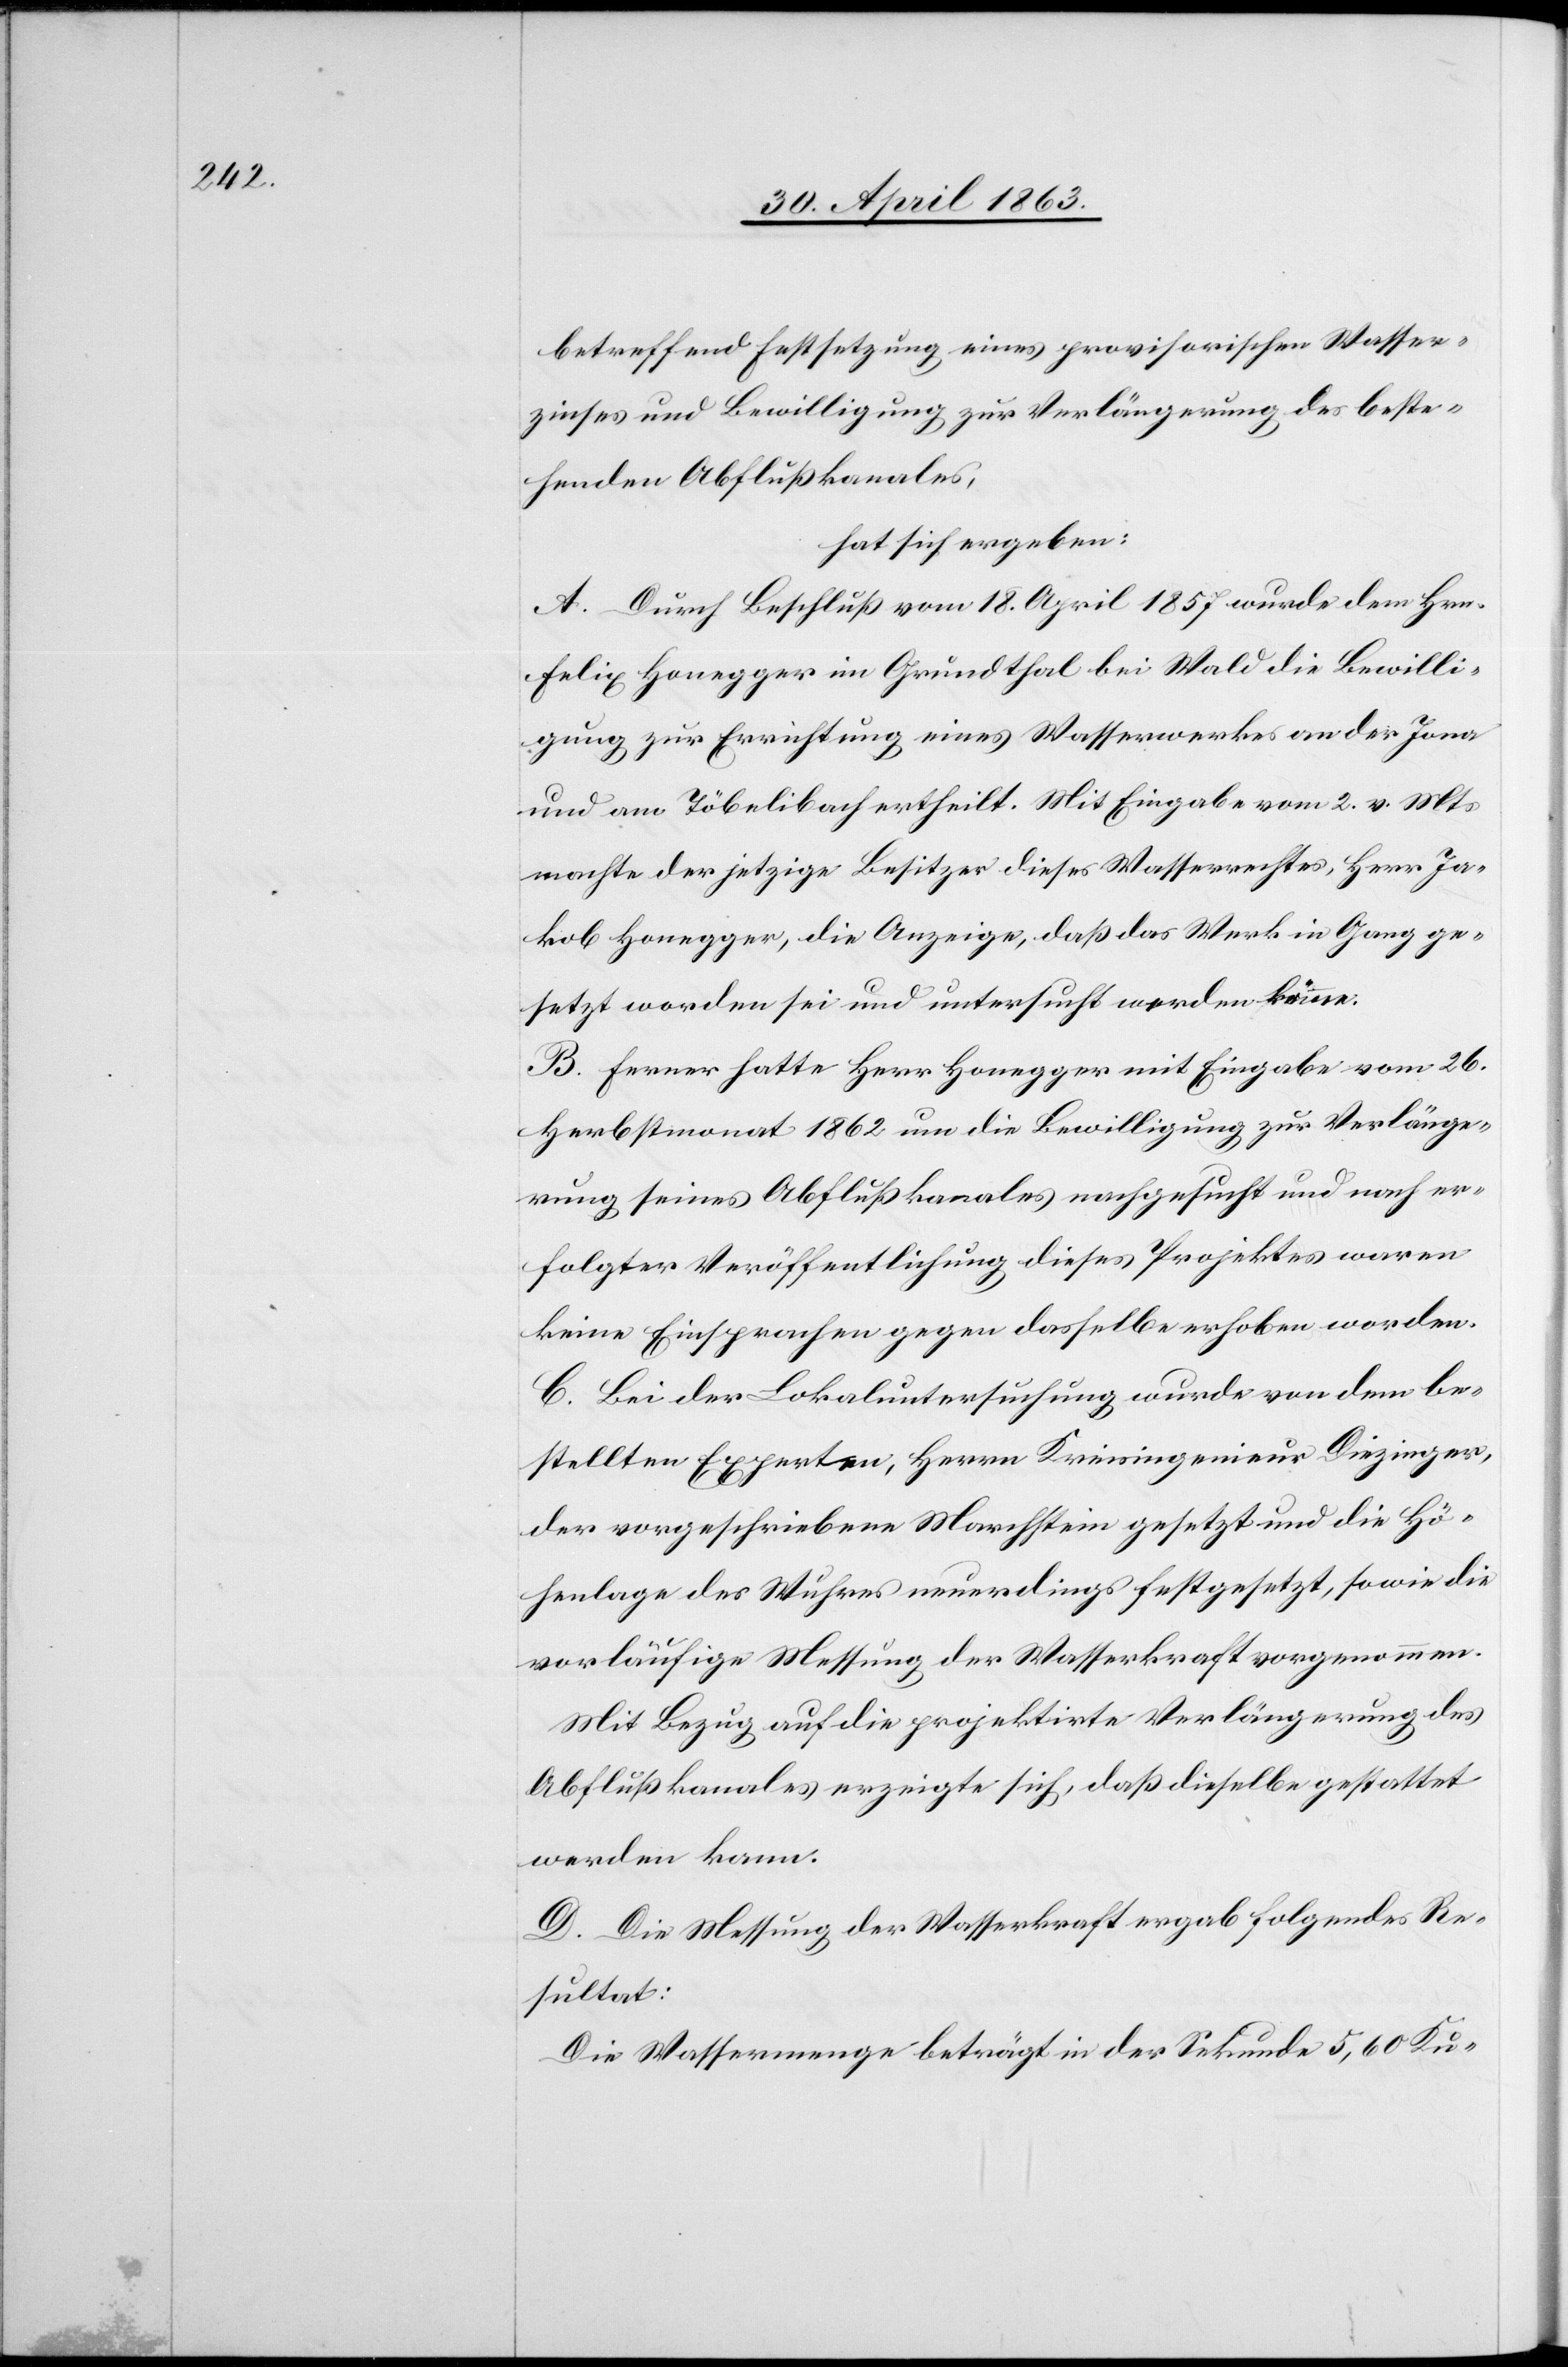
betreffend Festsetzung eines provisorischen Wasser¬
zinses und Bewilligung zur Verlängerung des beste¬
henden Abflußkanales,
hat sich ergeben:
A. Durch Beschluß vom 18. April 1857 wurde dem Hrn.
Felix Honegger im Grundthal bei Wald die Bewilli¬
gung zur Errichtung eines Wasserwerkes an der Jona
und am Töbelibach ertheilt. Mit Eingabe vom 2. v. Mts.
machte der jetzige Besitzer dieses Wasserrechtes, Herr Ja¬
kob Honegger, die Anzeige, daß das Werk in Gang ge¬
setzt worden sei und untersucht werden könne.
B. Ferner hatte Herr Honegger mit Eingabe vom 26.
Herbstmonat 1862 um die Bewilligung zur Verlänge¬
rung seines Abflußkanales nachgesucht und nach er¬
folgter Veröffentlichung dieses Projektes waren
keine Einsprachen gegen dasselbe erhoben worden.
C. Bei der Lokaluntersuchung wurde von dem be¬
stellten Experten, Herrn Kreisingenieur Diezinger,
der vorgeschriebene Marchstein gesetzt und die Hö¬
henlage des Wuhres neuerdings festgesetzt, sowie die
vorläufige Messung der Wasserkraft vorgenommen.
Mit Bezug auf die projektirte Verlängerung des
Abflußkanales erzeigte sich, daß dieselbe gestattet
werden kann.
D. Die Messung der Wasserkraft ergab folgendes Re¬
sultat:
Die Wassermenge beträgt in der Sekunde 5,60 Ku-